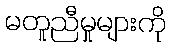
မတူညီမှုများကို